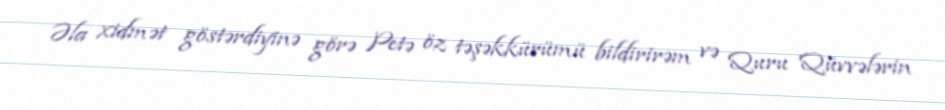
Əla xidmət göstərdiyinə görə Petə öz təşəkkürümü bildirirəm və Quru Qüvvələrin